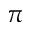
\pi